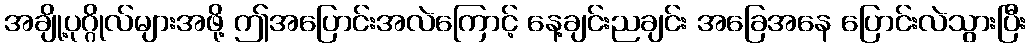
အချို့ပုဂ္ဂိုလ်များအဖို့ ဤအပြောင်းအလဲကြောင့် နေ့ချင်းညချင်း အခြေအနေ ပြောင်းလဲသွားပြီး